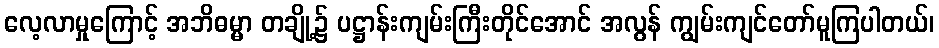
လေ့လာမှုကြောင့် အဘိဓမ္မာ တချို့၌ ပဋ္ဌာန်းကျမ်းကြီးတိုင်အောင် အလွန် ကျွမ်းကျင်တော်မူကြပါတယ်၊